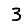
Digit: 3